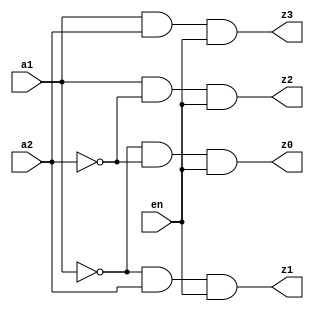

// Dataflow modelling of a 2-4 decoder

module decoder_2_4 (a1, a2, en, z0, z1, z2, z3);

	input a1, a2, en;
	output z0, z1, z2, z3;
	
	assign z0 = (~a1) & (~a2) & en;
	assign z1 = (~a1) & a2 & en;
	assign z2 = a1 & (~a2) & en;
	assign z3 = a1 & a2 & en;
	
endmodule